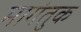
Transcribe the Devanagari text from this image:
मागंतुक